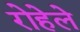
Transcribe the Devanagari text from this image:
रोहेले